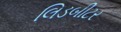
લિડબીટર